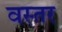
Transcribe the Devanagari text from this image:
वस्तर